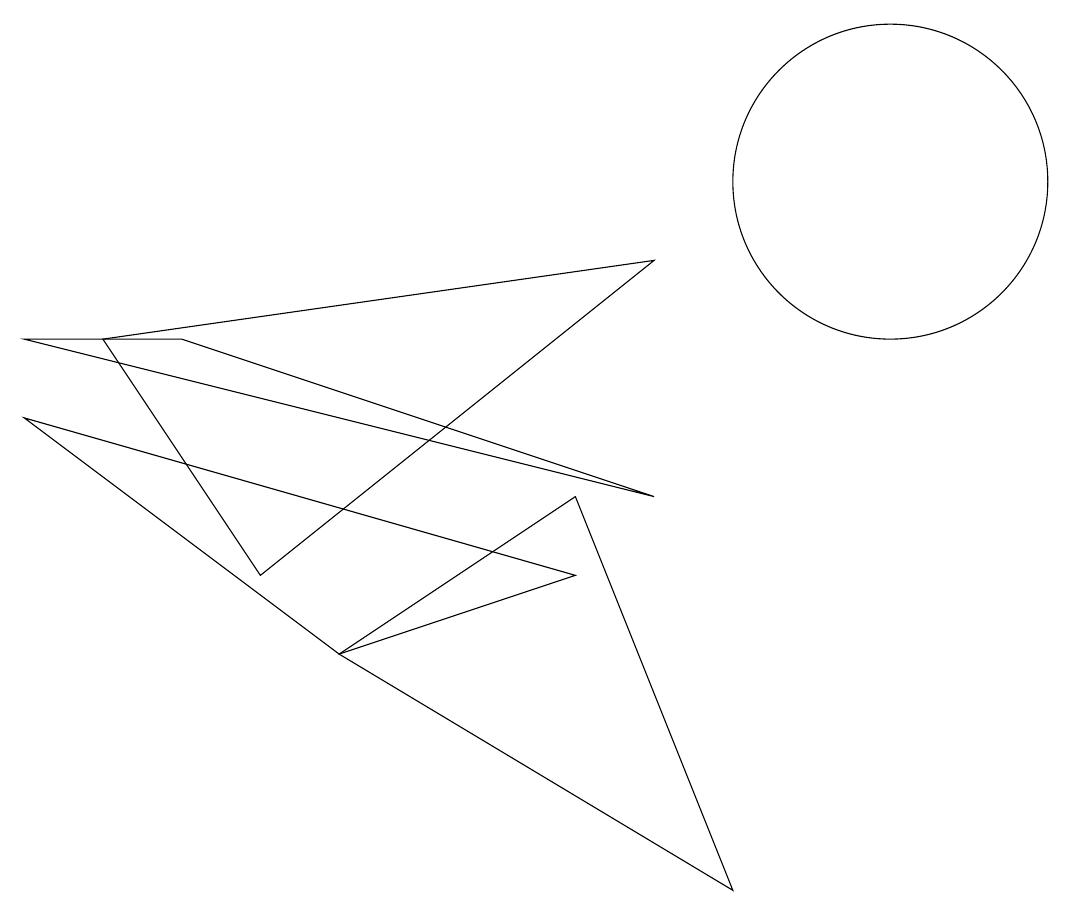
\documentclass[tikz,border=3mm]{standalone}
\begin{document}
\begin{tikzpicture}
\draw (11,10) circle (2);
\draw (0,8) -- (8,6) -- (2,8) -- cycle;
\draw (9,1) -- (7,6) -- (4,4) -- cycle;
\draw (4,4) -- (7,5) -- (0,7) -- cycle;
\draw (3,5) -- (1,8) -- (8,9) -- cycle;
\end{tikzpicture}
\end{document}